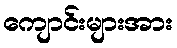
ကျောင်းများအား